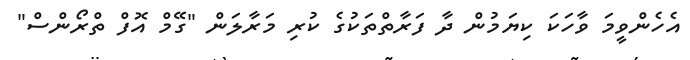
އެހެންވީމަ ވާހަކަ ކިޔަމުން ދާ ފަރާތްތަކުގެ ކުރި މަރާލަން "ގޭމް އޮފް ތްރޯންސް"